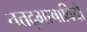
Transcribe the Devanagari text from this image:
तत्तद्भाषाविदों